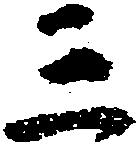
三